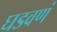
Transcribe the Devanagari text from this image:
घडवणं